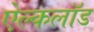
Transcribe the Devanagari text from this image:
ऐल्कलॉड